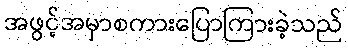
အဖွင့်အမှာစကားပြောကြားခဲ့သည်